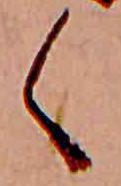
く